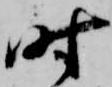
時